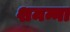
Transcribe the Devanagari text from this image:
शमन्ना